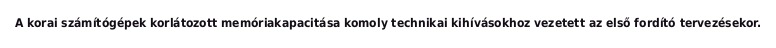
A korai számítógépek korlátozott memóriakapacitása komoly technikai kihívásokhoz vezetett az első fordító tervezésekor.